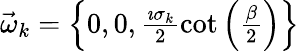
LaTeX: \begin{array}{r}{\vec{\omega}_{k}=\left\{ 0,0,\frac{\imath\sigma_{k}}{2}\cot\left(\frac{\beta}{2}\right)\right\} }\end{array}